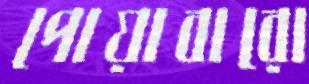
পোয়াবারো